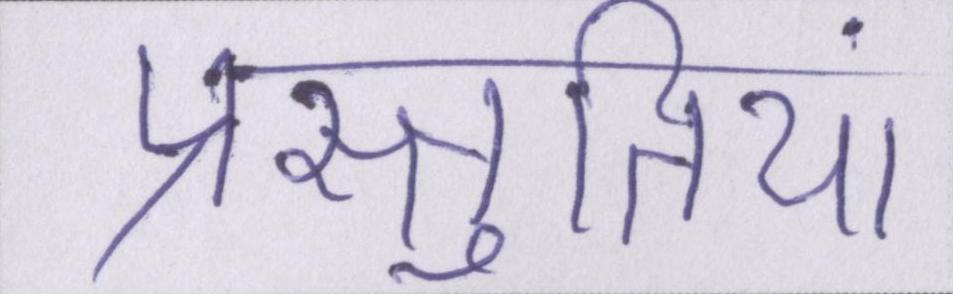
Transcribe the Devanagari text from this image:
प्रस्तुतियां